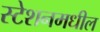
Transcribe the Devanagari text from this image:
स्टेशनमधील